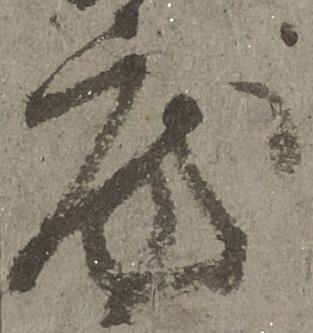
房